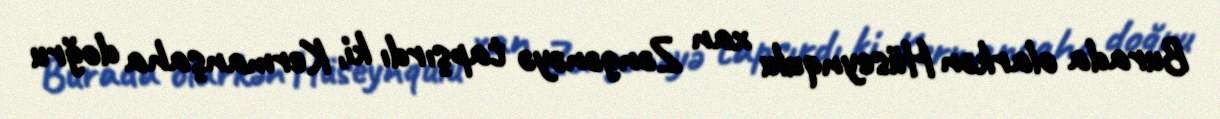
Burada olarkən Hüseynqulu xan Zəngənəyə tapşırdı ki, Kermanşaha doğru